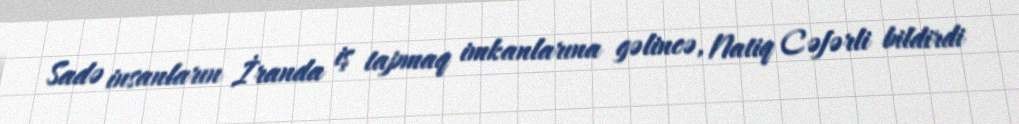
Sadə insanların İranda iş tapmaq imkanlarına gəlincə, Natiq Cəfərli bildirdi